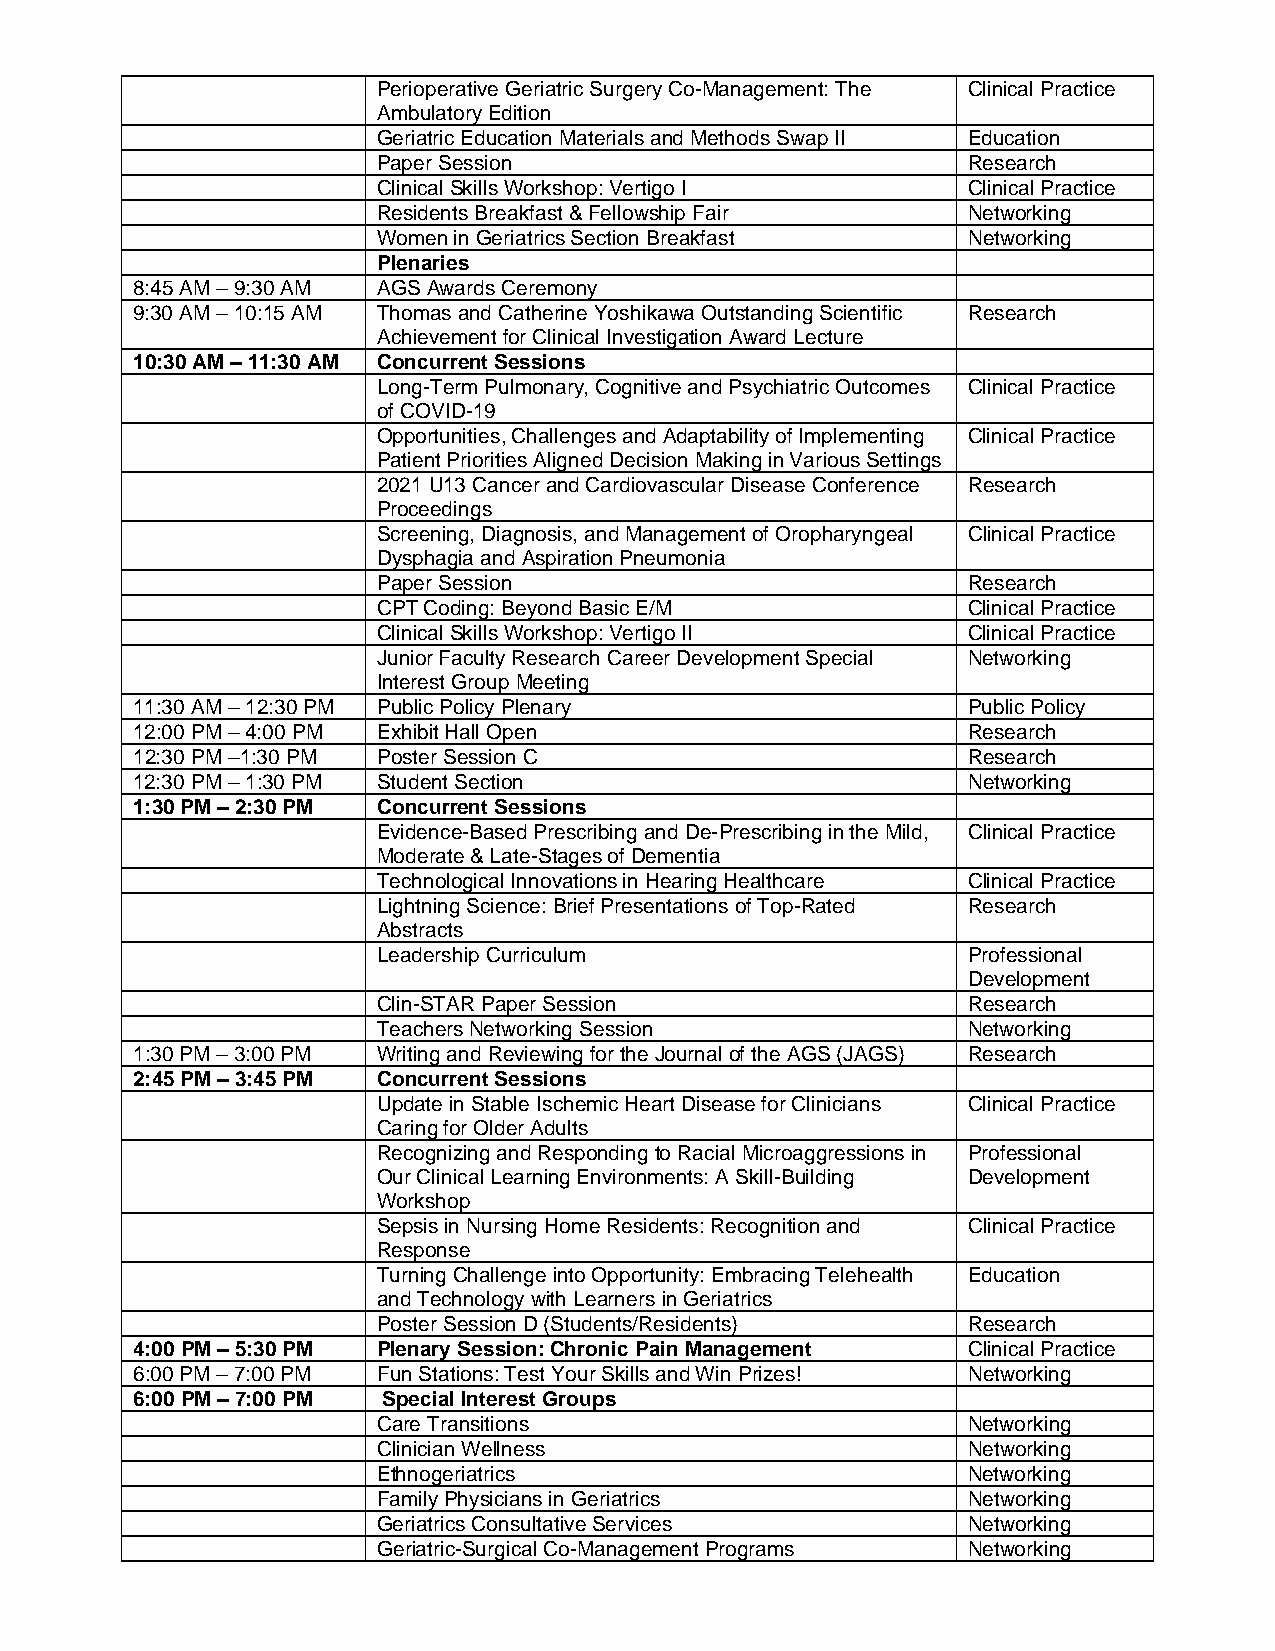
Perioperative Geriatric Surgery Co-Management: The Clinical Practice
 Ambulatory Edition
 Geriatric Education Materials and Methods Swap II Education
 Paper Session                          Research
 Clinical Skills Workshop: Vertigo I    Clinical Practice
 Residents Breakfast & Fellowship Fair  Networking
 Women in Geriatrics Section Breakfast  Networking
 Plenaries
 8:45 AM – 9:30 AM AGS Awards Ceremony
 9:30 AM – 10:15 AM Thomas and Catherine Yoshikawa Outstanding Scientific Research
 Achievement for Clinical Investigation Award Lecture
 10:30 AM – 11:30 AM Concurrent Sessions
 Long-Term Pulmonary, Cognitive and Psychiatric Outcomes Clinical Practice
 of COVID-19
 Opportunities, Challenges and Adaptability of Implementing Clinical Practice
 Patient Priorities Aligned Decision Making in Various Settings
 2021 U13 Cancer and Cardiovascular Disease Conference Research
 Proceedings
 Screening, Diagnosis, and Management of Oropharyngeal Clinical Practice
 Dysphagia and Aspiration Pneumonia
 Paper Session                          Research
 CPT Coding: Beyond Basic E/M           Clinical Practice
 Clinical Skills Workshop: Vertigo II   Clinical Practice
 Junior Faculty Research Career Development Special Networking
 Interest Group Meeting
 11:30 AM – 12:30 PM Public Policy Plenary              Public Policy
 12:00 PM – 4:00 PM Exhibit Hall Open                   Research
 12:30 PM –1:30 PM Poster Session C                     Research
 12:30 PM – 1:30 PM Student Section                     Networking
 1:30 PM – 2:30 PM Concurrent Sessions
 Evidence-Based Prescribing and De-Prescribing in the Mild, Clinical Practice
 Moderate & Late-Stages of Dementia
 Technological Innovations in Hearing Healthcare Clinical Practice
 Lightning Science: Brief Presentations of Top-Rated Research
 Abstracts
 Leadership Curriculum                  Professional
 Development
 Clin-STAR Paper Session                Research
 Teachers Networking Session            Networking
 1:30 PM – 3:00 PM Writing and Reviewing for the Journal of the AGS (JAGS) Research
 2:45 PM – 3:45 PM Concurrent Sessions
 Update in Stable Ischemic Heart Disease for Clinicians Clinical Practice
 Caring for Older Adults
 Recognizing and Responding to Racial Microaggressions in Professional
 Our Clinical Learning Environments: A Skill-Building Development
 Workshop
 Sepsis in Nursing Home Residents: Recognition and Clinical Practice
 Response
 Turning Challenge into Opportunity: Embracing Telehealth Education
 and Technology with Learners in Geriatrics
 Poster Session D (Students/Residents)  Research
 4:00 PM – 5:30 PM Plenary Session: Chronic Pain Management Clinical Practice
 6:00 PM – 7:00 PM Fun Stations: Test Your Skills and Win Prizes! Networking
 6:00 PM – 7:00 PM Special Interest Groups
 Care Transitions                       Networking
 Clinician Wellness                     Networking
 Ethnogeriatrics                        Networking
 Family Physicians in Geriatrics        Networking
 Geriatrics Consultative Services       Networking
 Geriatric-Surgical Co-Management Programs Networking